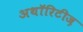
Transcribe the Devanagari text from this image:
अथॉरिटीज़